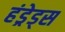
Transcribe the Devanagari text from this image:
हंड्रेड्स